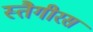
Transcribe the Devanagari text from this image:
स्तैगीरस